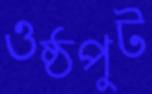
ওষ্ঠপুট